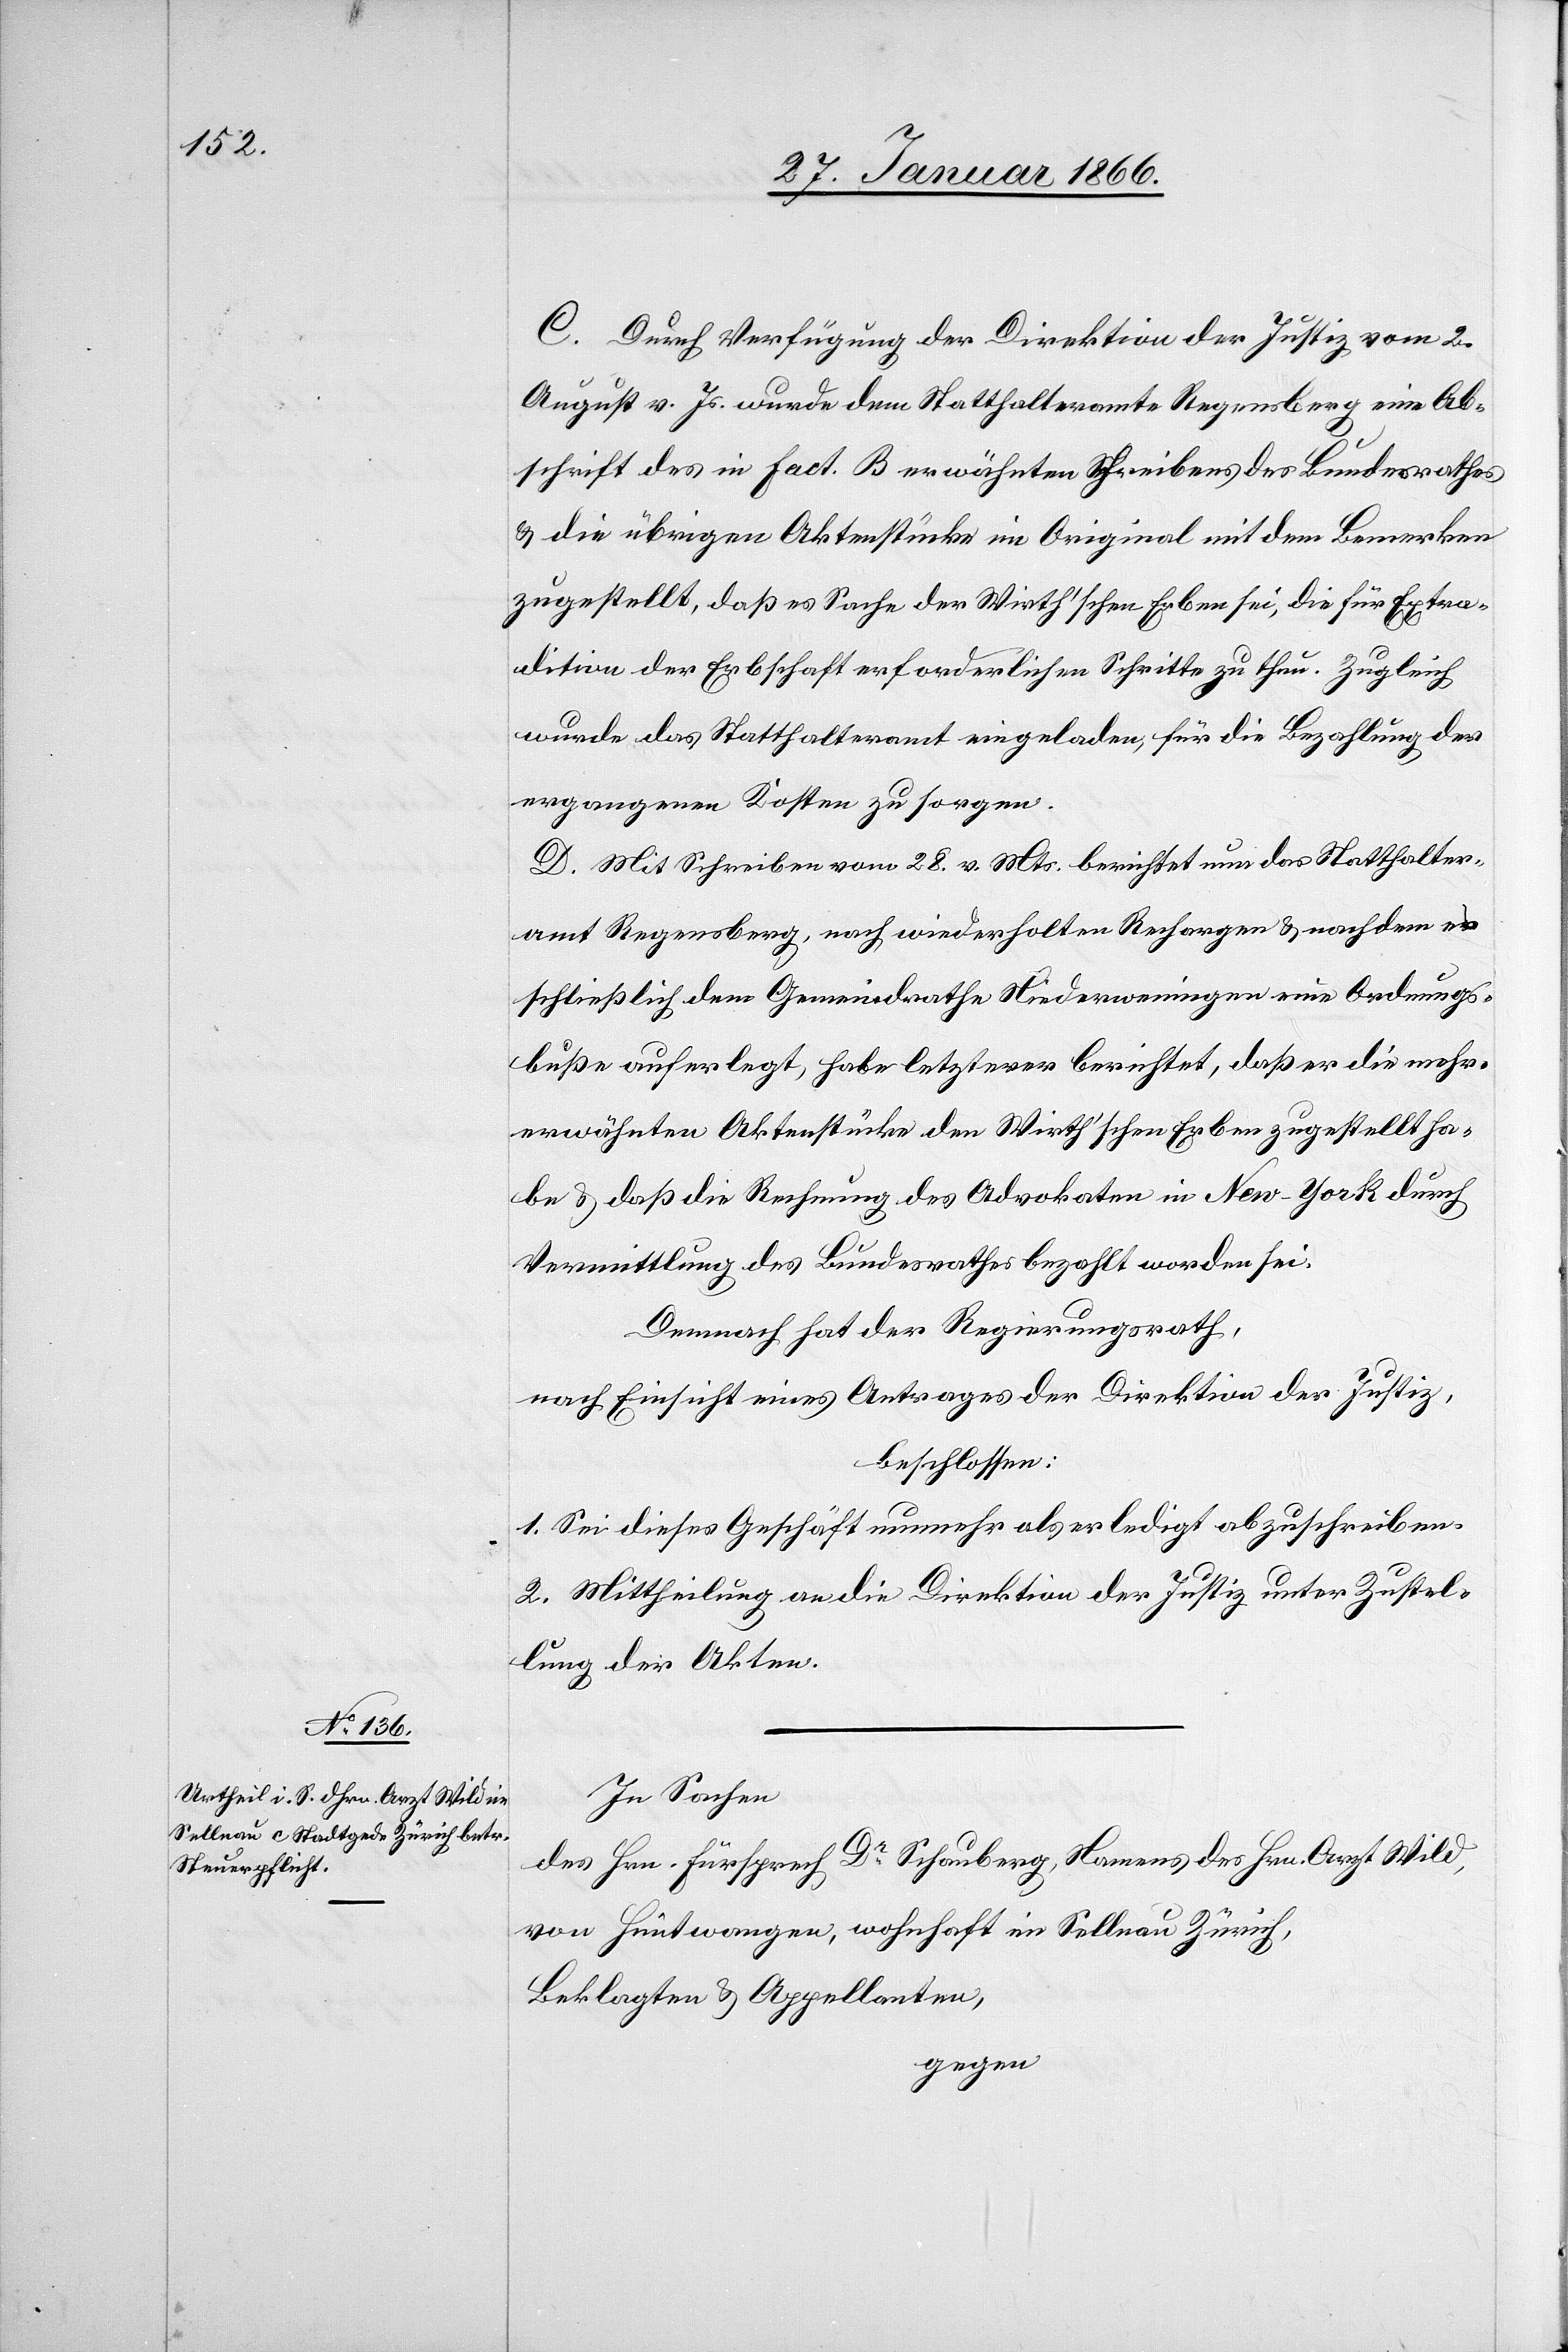
C. Durch Verfügung der Direktion der Justiz vom 2.
August v. Js. wurde dem Statthalteramte Regensberg eine Ab¬
schrift des in Fact. B erwähnten Schreibens des Bundesrathes
u. die übrigen Aktenstücke im Original mit dem Bemerken
zugestellt, daß es Sache der Wirth’schen Erben sei, die für Extra¬
dition der Erbschaft erforderlichen Schritte zu thun. Zugleich
wurde das Statthalteramt eingeladen, für die Bezahlung der
ergangenen Kosten zu sorgen.
D. Mit Schreiben vom 28. v. Mts. berichtet nun das Statthalter¬
amt Regensberg, nach wiederholten Recherchen u. nachdem es
schließlich dem Gemeindrathe Niederweningen eine Ordnungs¬
buße auferlegt, habe letzterer berichtet, daß er die mehr¬
erwähnten Aktenstücke den Wirth’schen Erben zugestellt ha¬
be u. daß die Rechnung des Advokaten in New-York durch
Vermittlung des Bundesrathes bezahlt worden sei.
Demnach hat der Regierungsrath,
nach Einsicht eines Antrages der Direktion der Justiz,
beschlossen:
1. Sei dieses Geschäft nunmehr als erledigt abzuschreiben.
2. Mittheilung an die Direktion der Justiz unter Zustel¬
lung der Akten.
In Sachen,
des Hrn. Fürsprech Dr. Schauberg, Namens des Hrn. Arzt Wild,
von Hüntwangen, wohnhaft im Sellnau Zürich,
Beklagten & Appellanten,
gegen